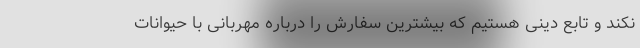
نکند و تابع دینی هستیم که بیشترین سفارش را درباره مهربانی با حیوانات